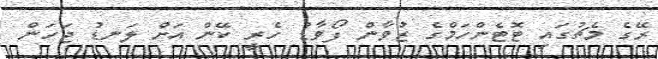
ރޭގެ މެޗުގައި ޓޮޓެންހަމްގެ ޒުވާން ފޯވާޑު ހެރީ ކޭން އަށް ލަނޑު ޖަހަން